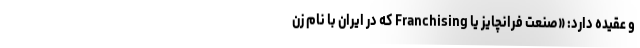
و عقیده دارد: «صنعت فرانچایز یا Franchising که در ایران با نام زن